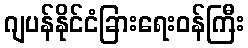
ဂျပန်နိုင်ငံခြားရေးဝန်ကြီး